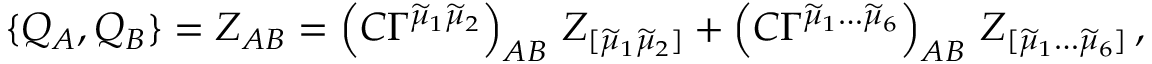
\{ Q _ { A } , Q _ { B } \} = Z _ { A B } = \left( C \Gamma ^ { \widetilde { \mu } _ { 1 } \widetilde { \mu } _ { 2 } } \right) _ { A B } \, Z _ { [ \widetilde { \mu } _ { 1 } \widetilde { \mu } _ { 2 } ] } + \left( C \Gamma ^ { \widetilde { \mu } _ { 1 } \ldots \widetilde { \mu } _ { 6 } } \right) _ { A B } \, Z _ { [ \widetilde { \mu } _ { 1 } \ldots \widetilde { \mu } _ { 6 } ] } \, ,